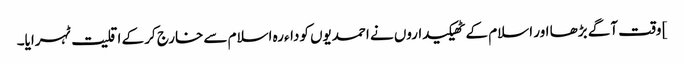
] وقت آگے بڑھا اور اسلام کے ٹھیکیداروں نے احمدیوں کوداءرہ اسلام سے خارج کر کے اقلیت ٹہرایا۔